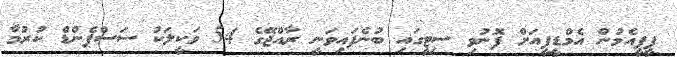
ޕީޕީއެމުން އެމްޑީޕީއަށް ފޮނުވި ސިޓީގައި ބުނެފައިވަނީ ރާއްޖޭގެ 54 ވަކީލަކު ސަސްޕެންޑް ކުރުމާ